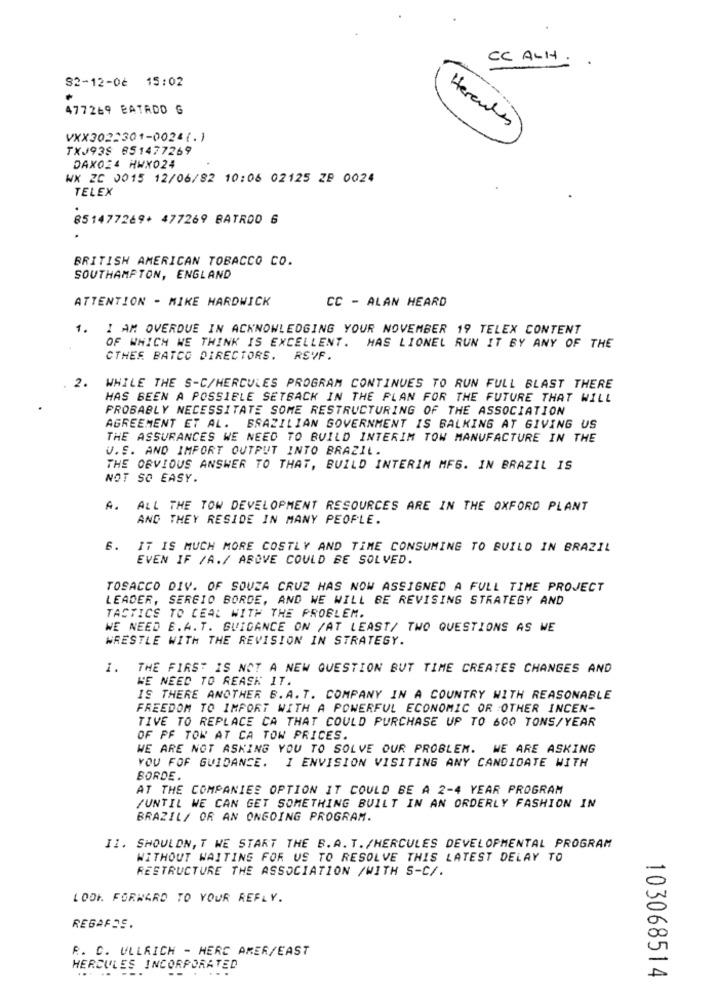
CC ALH .
82-12-06 15:02
477269 BATADO G
Heren
VXX3022301-0024(.)
TXJ938 851477269
DAX024 HWX024
WK ZC 0015 12/06/82 10:06 02125 ZB 0024
TELEX
851477269+ 477269 BATROD 6
BRITISH AMERICAN TOBACCO CO.
SOUTHAMPTON, ENGLAND
ATTENTION - MIKE HARDWICK
CC - ALAN HEARD
1. I AM OVERDUE IN ACKNOWLEDGING YOUR NOVEMBER 19 TELEX CONTENT
OF WHICH WE THINK IS EXCELLENT. MAS LIONEL RUN IT BY ANY OF THE
CTHEE BATCO DIRECTORS. RSVF.
2.
WHILE THE S-C/HERCULES PROGRAM CONTINUES TO RUN FULL BLAST THERE
HAS BEEN A POSSIBLE SETBACK IN THE PLAN FOR THE FUTURE THAT WILL
PROBABLY NECESSITATE SOME RESTRUCTURING OF THE ASSOCIATION
AGREEMENT ET AL. BRAZILIAN GOVERNMENT IS BALKING AT GIVING US
THE ASSURANCES WE NEED TO BUILD INTERIM TOW MANUFACTURE IN THE
V.S. AND IMPORT OUTPUT INTO BRAZIL.
THE OBVIOUS ANSWER TO THAT, BUILD INTERIM MFG. IN BRAZIL IS
NOT SO EASY.
A.
ALL THE TOW DEVELOPMENT RESOURCES ARE IN THE OXFORD PLANT
AND THEY RESIDE IN MANY PEOPLE.
6.
IT IS MUCH MORE COSTLY AND TIME CONSUMING TO BUILD IN BRAZIL
EVEN IF /A./ ABOVE COULD BE SOLVED.
TOSACCO DIV. OF SOUZA CRUZ HAS NOW ASSIGNED A FULL TIME PROJECT
LEADER, SERGIO BORDE, AND WE WILL BE REVISING STRATEGY AND
TACTICS TO CEAL WITH THE PROBLEM.
WE NEED E.A. T. GUIDANCE ON /AT LEAST/ TWO QUESTIONS AS WE
WRESTLE WITH THE REVISION IN STRATEGY.
I. THE FIRST IS NOT A NEW QUESTION BUT TIME CREATES CHANGES AND
WE NEED TO REASK IT.
IS THERE ANOTHER B.A. T. COMPANY IN A COUNTRY WITH REASONABLE
FREEDOM TO IMPORT WITH A POWERFUL ECONOMIC OR OTHER INCEN-
TIVE TO REPLACE CA THAT COULD PURCHASE UP TO 600 TONS/YEAR
OF PF TOW AT CA TON PRICES.
WE ARE NOT ASKING YOU TO SOLVE OUR PROBLEM. WE ARE ASKING
YOU FOF GUIDANCE. I ENVISION VISITING ANY CANDIDATE WITH
BORDE.
AT THE COMPANIES OPTION IT COULD BE A 2-4 YEAR PROGRAM
/UNTIL WE CAN GET SOMETHING BUILT IN AN ORDERLY FASHION IN
BRAZIL/ OR AN ONGOING PROGRAM.
II. SHOULDN, T WE START THE B. A. T. /HERCULES DEVELOPMENTAL PROGRAM
WITHOUT WAITING FOR US TO RESOLVE THIS LATEST DELAY TO
RESTRUCTURE THE ASSOCIATION /WITH S-C/.
LOOK FORWARD TO YOUR REFLY.
REGARDS.
R. C. ULLRICH - HERE ARER/EAST
HERCULES INCORPORATED
103068514